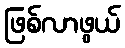
ဖြစ်လာဖွယ်